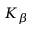
K _ { \beta }